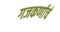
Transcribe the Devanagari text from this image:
गजकर्णाचं